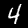
Digit: 4